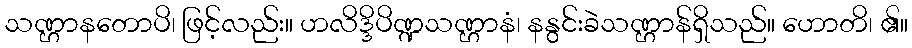
သဏ္ဌာနတောပိ၊ ဖြင့်လည်း။ ဟလိဒ္ဒိပိဏ္ဍသဏ္ဌာနံ၊ နနွင်းခဲသဏ္ဌာန်ရှိသည်။ ဟောတိ၊ ၏။